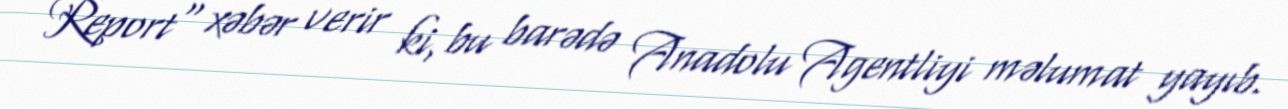
Report" xəbər verir ki, bu barədə Anadolu Agentliyi məlumat yayıb.